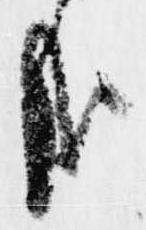
哉